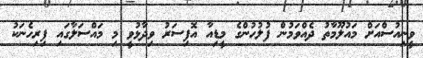
ވީނިއުސްއަށް މައުލޫމާތު ދެއްވަމުން ފުލުހުންގެ މީޑިއާ އޮފިސަރު ވިދާޅުވީ މި މައްސަލާގައި ފިރިހެނަކު